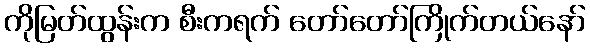
ကိုမြတ်ထွန်းက စီးကရက် တော်တော်ကြိုက်တယ်နော်